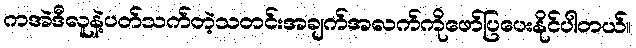
ကအဲဒီလူနဲ့ပတ်သက်တဲ့သတင်းအချက်အလက်ကိုဖော်ပြပေးနိုင်ပါတယ်။